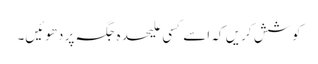
کوشش کریں کہ اسے کسی علیحدہ جگہ پر دھوئیں۔